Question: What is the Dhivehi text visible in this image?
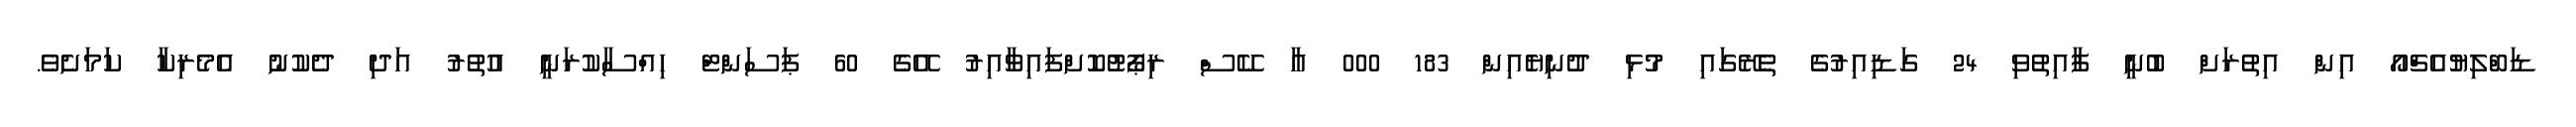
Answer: ޑަބްލިޔުއެޗްއޯ އިން އިތުރަށް ބުނީ ފާއިތުވި 24 ގަޑިއިރުގެ ތެރޭގައި މުޅި ދުނިޔެއިން 183 000 އާ ކޭސް ރިޕޯޓުކޮށްފައިވާއިރު އޭގެ 60 ޕަސަންޓް ހިއްސާކުރަނީ އުތުރު އަދި ދެކުނު އެމެރިކާ ކަމަށެވެ.